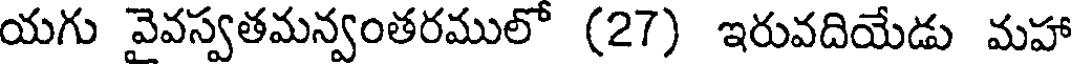
యగు వైవస్వతమన్వంతరములో (27) ఇరువదియేడు మహా